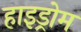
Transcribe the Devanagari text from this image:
हाइड्रोम